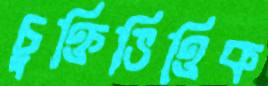
চুক্তিভিত্তিক